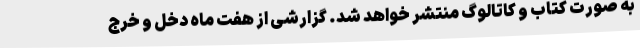
به صورت کتاب و کاتالوگ منتشر خواهد شد. گزارشی از هفت ماه دخل و خرج